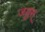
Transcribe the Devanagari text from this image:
जयुस्